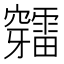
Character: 𥩉